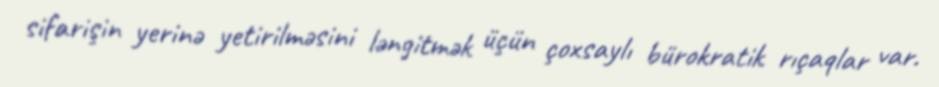
sifarişin yerinə yetirilməsini ləngitmək üçün çoxsaylı bürokratik rıçaqlar var.